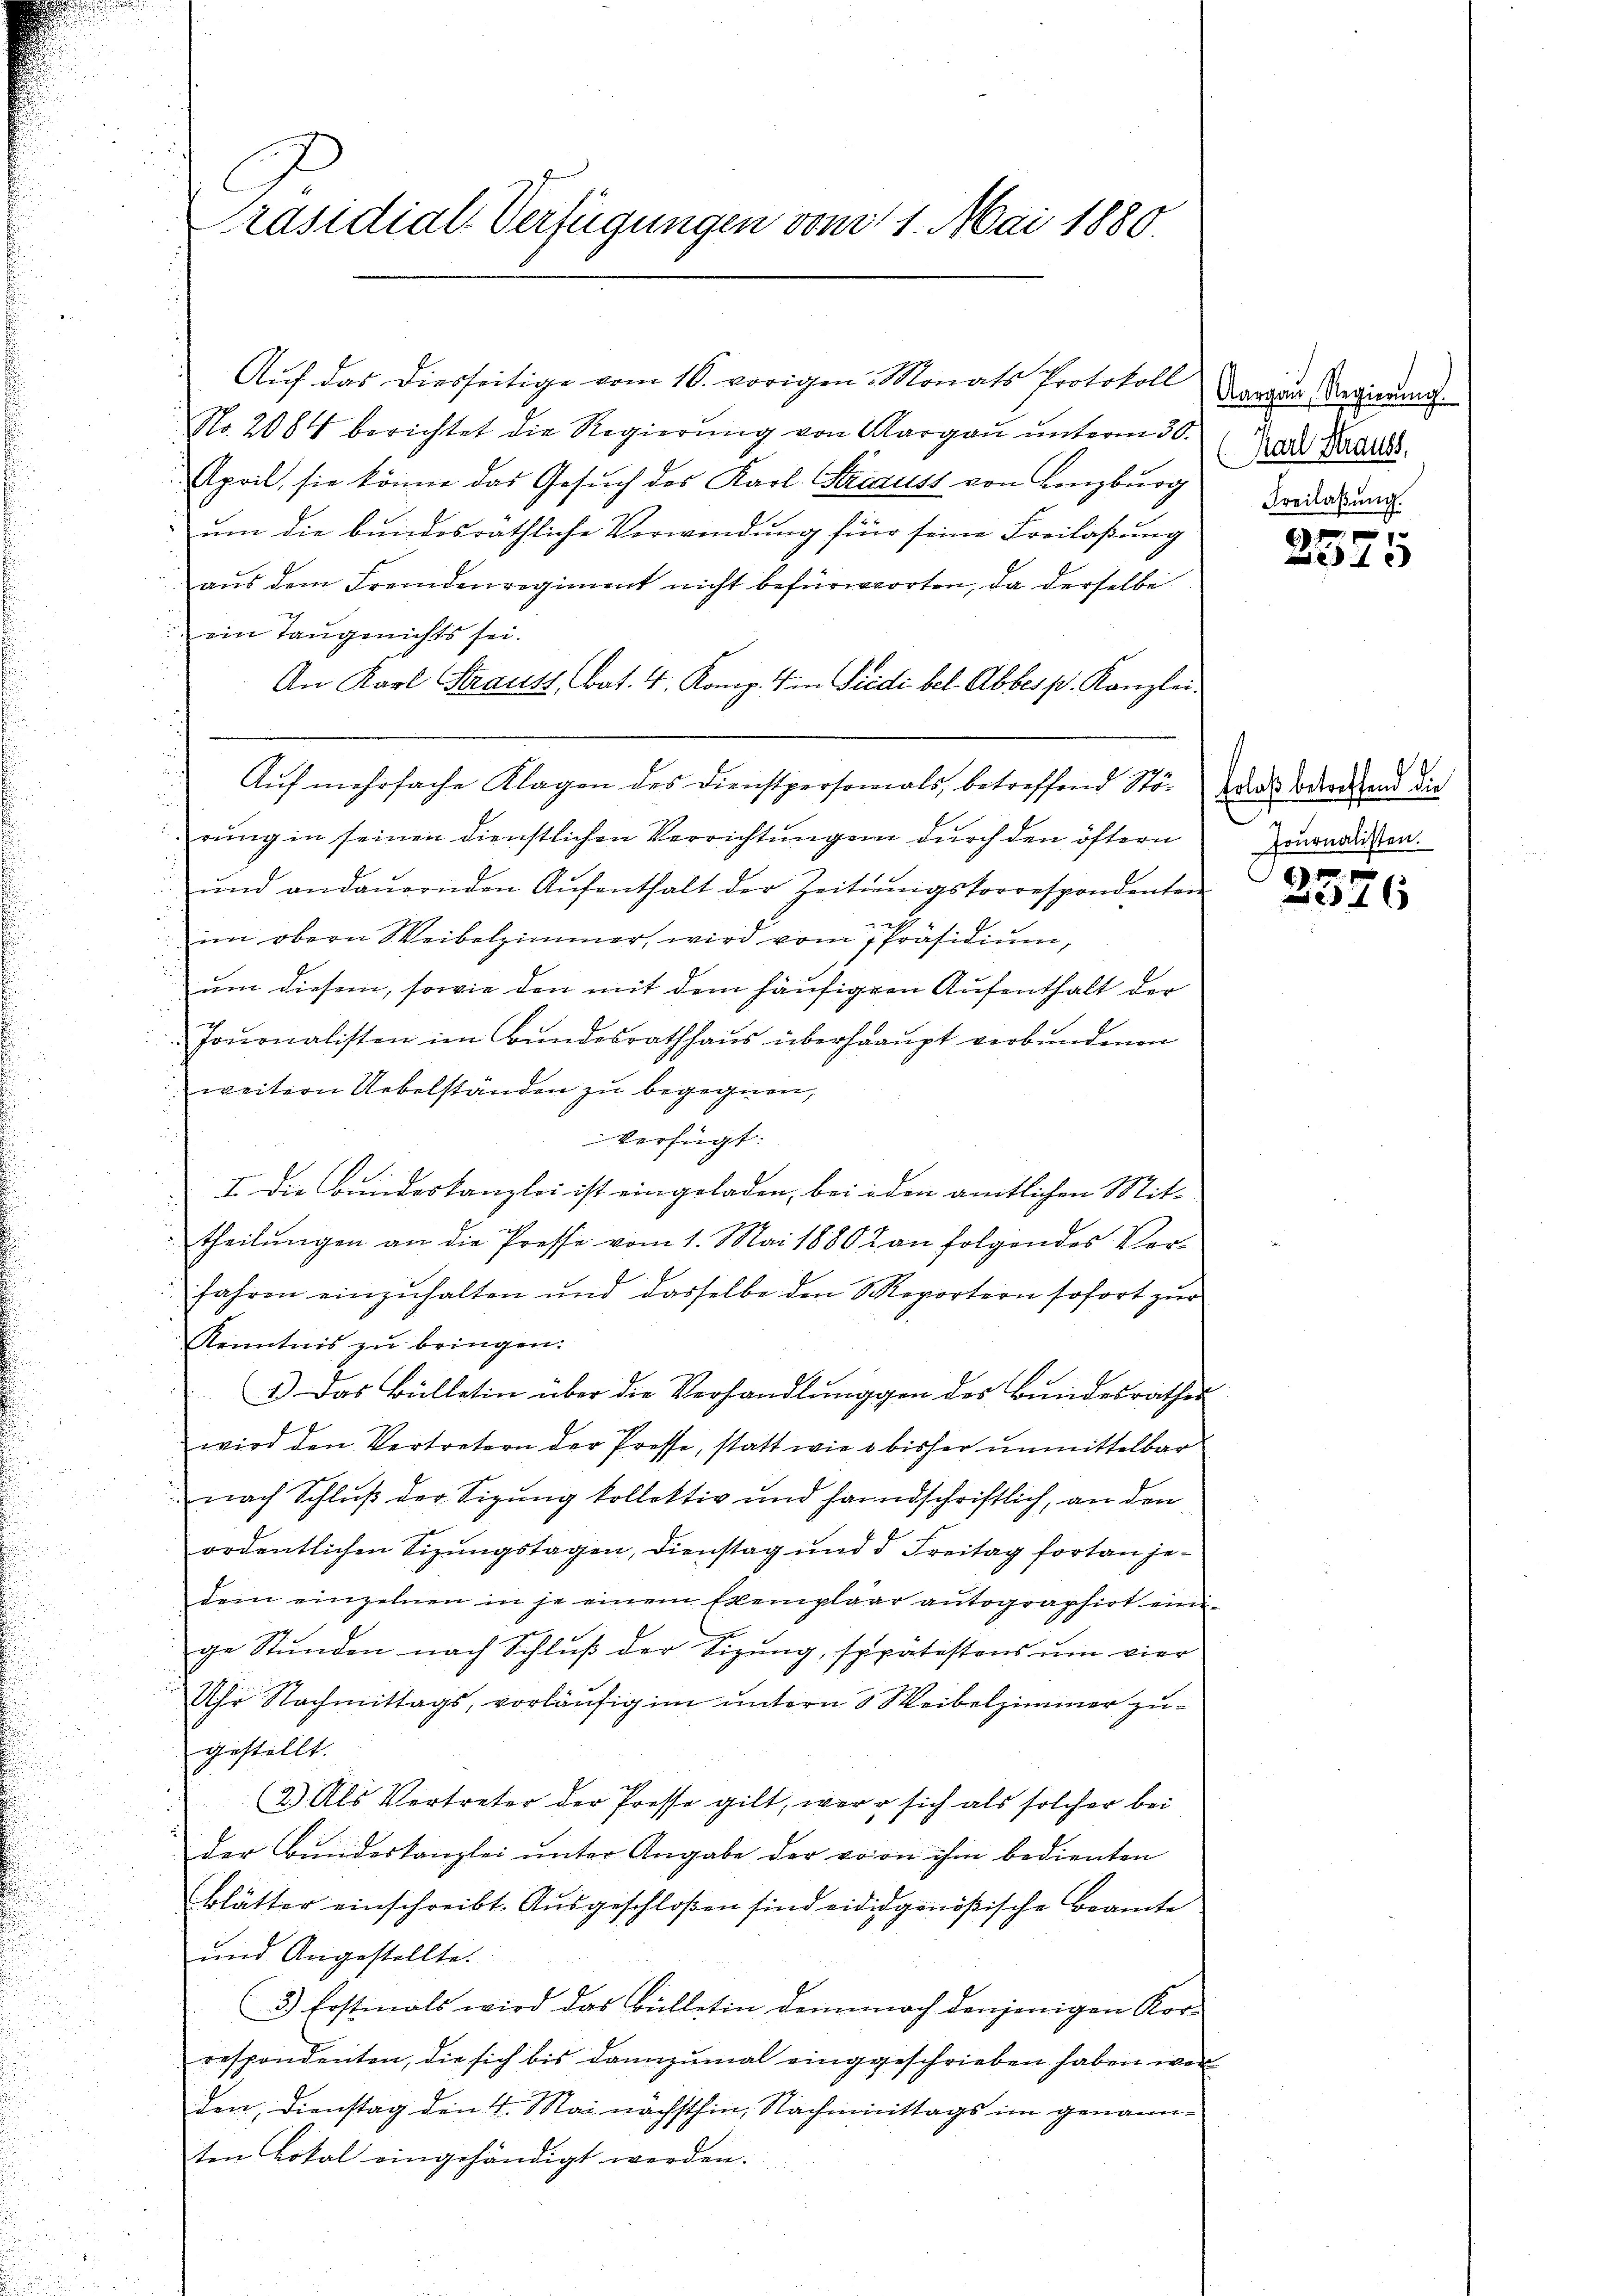
Präsidial-Verfügungen vom 11. Mai 1880.

Aŭf das diesseitige vom 16. vorigen Monats Protokoll
No. 2084 berichtet die Regierung von Aargau unterm 30.
April, sie könne das Gesŭch des Karl Friauss von Lenzburg
um die bundesräthliche Verwendung für seine Freilassung
aŭs dem Fremdenregiment nicht befürworten, da derselbe
ein Taugerichts sei.
An Karl Strauss, bat. 4. Komp. 4 in Fridi bel. Abbes pr. Kanzlei.
Aŭf mehrfache Klagen des Dienstpersonials, betreffend Störends odern und die
rung in seinen dienstlichen Verrichtungen durch den öftern
ŭnd andaŭernden Aŭfenthalt der Zeitŭngskorrespondenten

im obern Weibelzimmer, wird vom Präsidiŭm,
um diesem, sowie den mit dem häufigern Aufenthalt der
Journalisten im Bundesrathhaus überhaupt verbundenen
weitern Uebelständen zu begegnen,
Verfügt:
I. Die Bundeskanzlei ist eingeladen, bei iden amtlichen Mit-
theilungen an die Presse vom 1. Mai 1880 an folgendes Ver¬
Jahren einzŭhalten und dasselbe den Reportern sofort zur
Kenntnis zu bringen.
1.) Das Bülletin über die Verhandlunggen des Bundesrathes
wird den Vertretern der Presse, statt wie 3 bisher unmittelbar
nach Schluß der Sigung kollektiv und Handschriftlich, an den
ordentlichen Sizungstagen, Dienstag und d Freitag fortan jedem einzelnen in je einem Exemplar autographirt einge Stunden nach Schluß der Sizung, sppätestens um vier
Uhr Nachmittags, vorläufig im untern 3 Weibelzimmer zugestellt.
(2.) Als Vertreter der Presse gilt, were sich als solcher bei
der Bundeskanzlei ŭnter Angabe der von ihm bedienten
Blätter einschreibt. Ausgeschloßen sind eididgenößische Beamte
und Angestellte.
3.) Erstmals wird das Bülletin demnach denjenigen Korrespondenten, die sich bis dannzumal einggeschrieben haben wer
den, Dienstag den 4. Mai nächsthin, Nachmittags im genannten Lokal eingehändigt werden.

Aargau, Regierŭng.
Karl Strauss
Freilassung.

1
67
 x

Journalisten.
f xx